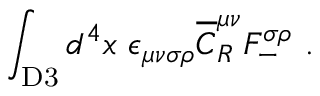
\int _ { \mathrm { D 3 } } d ^ { 4 } x ~ \epsilon _ { \mu \nu \sigma \rho } { \overline { { C } } } _ { R } ^ { \mu \nu } F _ { - } ^ { \sigma \rho } ~ .